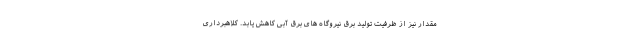
مقدار نیز از ظرفیت تولید برق نیروگاه های برق آبی کاهش یابد. کلاهبرداری